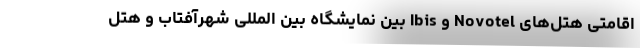
اقامتی هتل‌های Novotel و Ibis بین نمایشگاه بین المللی شهرآفتاب و هتل